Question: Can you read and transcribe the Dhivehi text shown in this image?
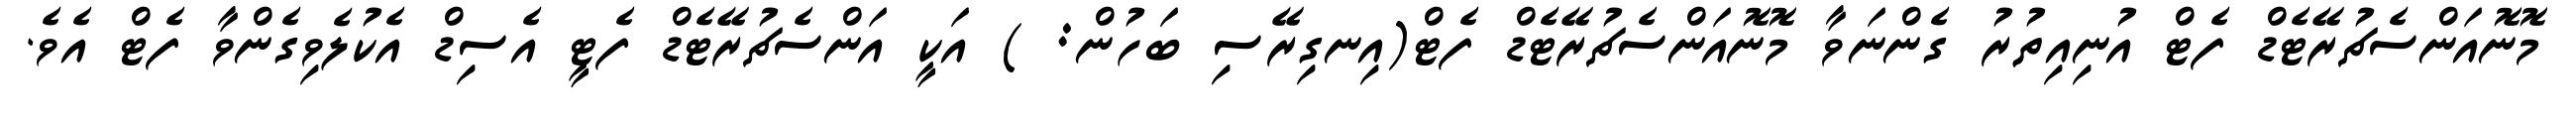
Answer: މޮނޮއަންސެޗުރޭޓެޑް ފެޓް އުނިއިތުރު ގެންނަވާ މޮނޮއަންސެޗުރޭޓެޑް ފެޓް(އިނގިރޭސި ބަހުން: ) އަކީ އަންސެޗުރޭޓެޑް ފެޓީ އެސިޑް އެކުލެވިގެންވާ ފެޓް އެވެ.